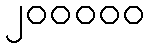
၂၀၀၀၀၀